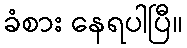
ခံစား နေရပါပြီ။